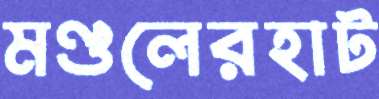
মণ্ডলেরহাট